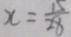
x = \frac { 1 5 } { 2 8 }